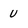
Character: u